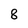
Character: 8